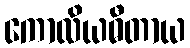
ကောလိယဓီတာယ